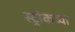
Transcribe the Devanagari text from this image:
स्ट्रोकच्या